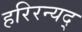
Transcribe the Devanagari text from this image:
हरिरन्यद्